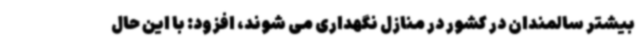
بیشتر سالمندان در کشور در منازل نگهداری می شوند، افزود: با این حال